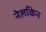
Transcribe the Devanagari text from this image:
नेलकिन